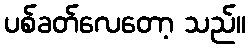
ပစ်ခတ်လေတော့ သည်။